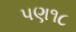
પણ૧૮